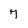
Character: 7